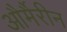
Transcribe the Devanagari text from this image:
और्मैरीन